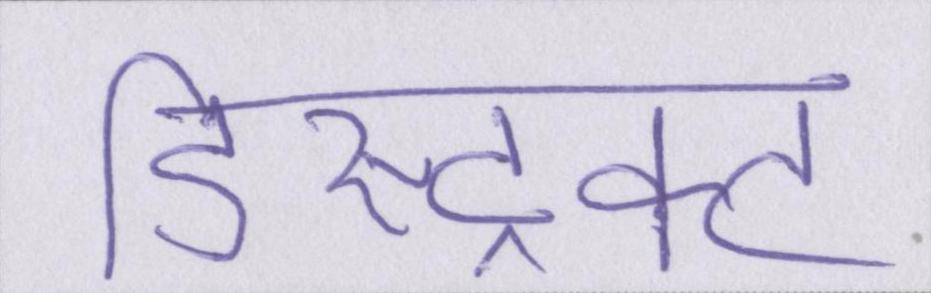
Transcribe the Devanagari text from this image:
डिस्ट्रिक्ट